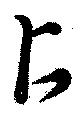
占